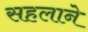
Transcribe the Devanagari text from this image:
सहलाने